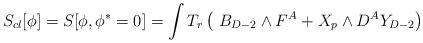
LaTeX: \begin{align*}S_{cl}[\phi ]=S [\phi , \phi ^*=0]=\int T_r\left(\ B_{D-2}\wedge F^A + X_p \wedge D^AY_{D-2}\right )\end{align*}